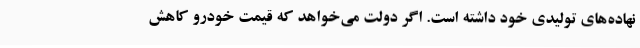
نهاده‌های تولیدی خود داشته است. اگر دولت می‌خواهد که قیمت خودرو کاهش